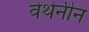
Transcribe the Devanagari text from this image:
वेथेनीन